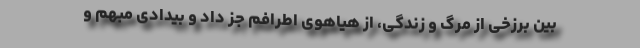
بین برزخی از مرگ و زندگی، از هیاهوی اطرافم جز داد و بیدادی مبهم و